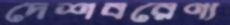
দেশবরেণ্য